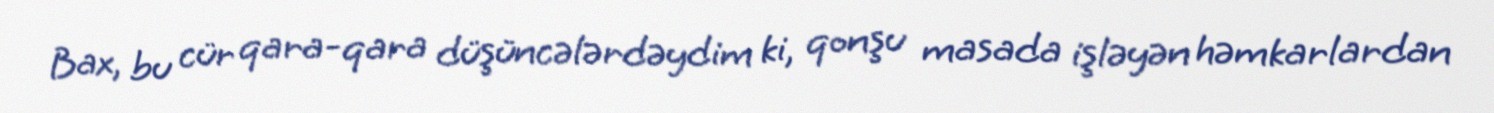
Bax, bu cür qara-qara düşüncələrdəydim ki, qonşu masada işləyən həmkarlardan